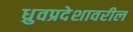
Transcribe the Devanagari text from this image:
ध्रुवप्रदेशावरील